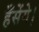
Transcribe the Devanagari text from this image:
हँसेंगे।